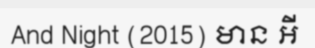
And Night (2015) មាន អី